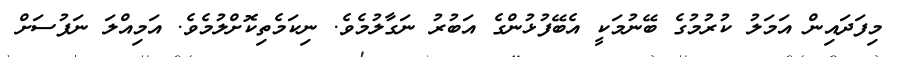
މިފަދައިން އަމަލު ކުރުމުގެ ބޭނުމަކީ އެބޭފުޅުންގެ އަބުރު ނަގާލުމެވެ. ނިކަމެތިކޮށްލުމެވެ. އަމިއްލަ ނަފުސަށް